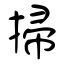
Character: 掃